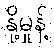
နို့မှုန့်